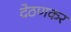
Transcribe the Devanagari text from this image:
देठणकर